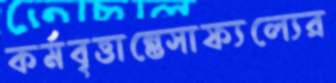
কর্মবৃত্তান্তেসাফ্যল্যের